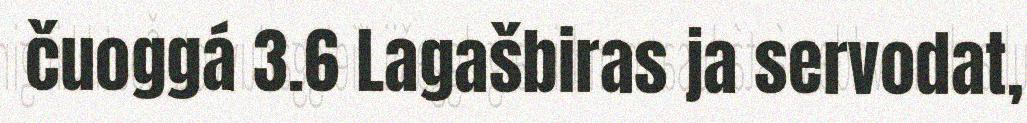
čuoggá 3.6 Lagašbiras ja servodat,